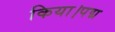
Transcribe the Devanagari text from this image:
किया।पद्म